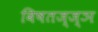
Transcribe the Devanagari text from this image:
विषतज्ज्ञ